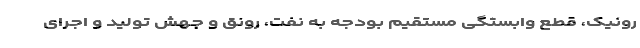
رونیک، قطع وابستگی مستقیم بودجه به نفت، رونق و جهش تولید و اجرای